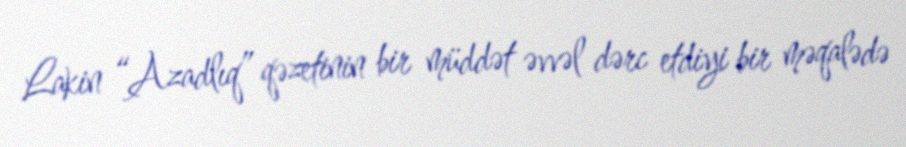
Lakin “Azadlıq” qəzetinin bir müddət əvvəl dərc etdiyi bir məqalədə